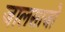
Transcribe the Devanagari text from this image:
जालसाजो